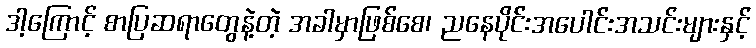
ဒါ့ကြောင့် စာပြဆရာတွေနဲ့တဲ့ အခါမှာဖြစ်စေ၊ ညနေပိုင်းအပေါင်းအသင်းများနှင့်